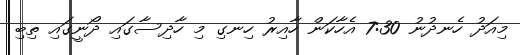
މިއަދު ހެނދުނު 7:30 އެހާކަން ހާއިރު ހިނގި މި ހާދިސާގައި ދޯނީގައި ތިބި